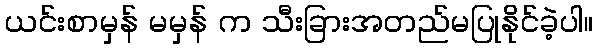
ယင်းစာမှန် မမှန် က သီးခြားအတည်မပြုနိုင်ခဲ့ပါ။